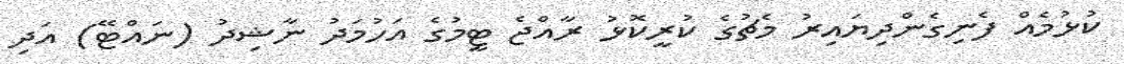
ކުޅުމެއް ފެނިގެންދިޔައިރު މެޗުގެ ކުރީކޮޅު ރާއްޖެ ޓީމުގެ އަހުމަދު ނާޝިދު (ނައްޓޭ) އަދި